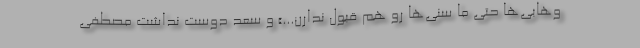
وهابی‌ها حتی ما سُنی‌ها رو هم قبول ندارن...» و سعد دوست نداشت مصطفی